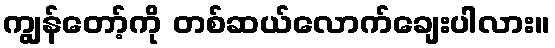
ကျွန်တော့်ကို တစ်ဆယ်လောက်ချေးပါလား။